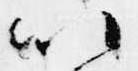
以